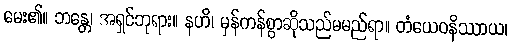
မေး၏။ ဘန္တေ၊ အရှင်ဘုရား။ နဟိ၊ မှန်ကန်စွာဆိုသည်မမည်ရာ။ တံယေဝနိဿာယ၊